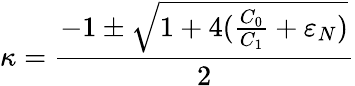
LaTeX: \kappa=\frac{-1\pm\sqrt{1+4(\frac{C_{0}}{C_{1}}+\varepsilon_{N})}}{2}